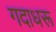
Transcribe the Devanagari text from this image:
गदाधरू